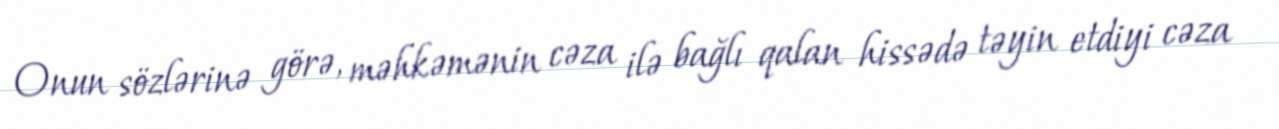
Onun sözlərinə görə, məhkəmənin cəza ilə bağlı qalan hissədə təyin etdiyi cəza